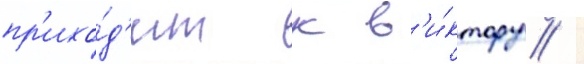
пр'ихо́д'ит к в'и́ктору /